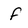
Character: f